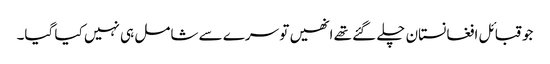
جو قبائل افغانستان چلے گئے تھے انھیں تو سرے سے شامل ہی نہیں کیا گیا۔